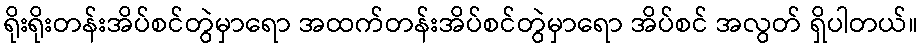
ရိုးရိုးတန်းအိပ်စင်တွဲမှာရော အထက်တန်းအိပ်စင်တွဲမှာရော အိပ်စင် အလွတ် ရှိပါတယ်။